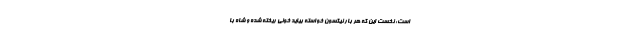
است: نخست این که هر بار نیکسون خواسته بیاید خونی ریخته شده و شاه با